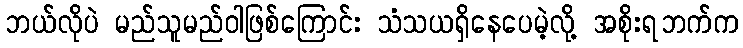
ဘယ်လိုပဲ မည်သူမည်ဝါဖြစ်ကြောင်း သံသယရှိနေပေမဲ့လို့ အစိုးရဘက်က